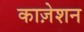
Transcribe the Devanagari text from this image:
काज़ेशन